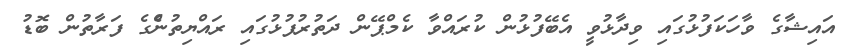
އައިޝާގެ ވާހަކަފުޅުގައި ވިދާޅުވީ އެބޭފުޅުން ކުރައްވާ ކެމްޕޭން ދަތުރުފުޅުގައި ރައްޔިތުންެގެ ފަރާތުން ބޮޑު